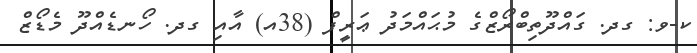
ކ-ވ: ގދ. ގައްދޫތިބްރޯޒްގެ މުޙައްމަދު ޢަރީފް (38އ) އާއި ގދ. ހޯނޑެއްދޫ މެޑޯޒް